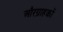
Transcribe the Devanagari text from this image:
औरग्राहकों